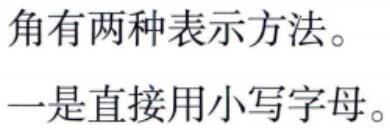
角有两种表示方法。

一是直接用小写字母。